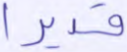
قديرا